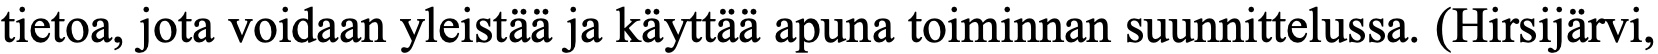
tietoa, jota voidaan yleistää ja käyttää apuna toiminnan suunnittelussa. (Hirsijärvi,